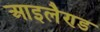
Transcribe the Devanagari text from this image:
आइलैण्‍ड